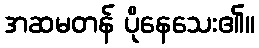
အဆမတန် ပိုနေသေး၏။